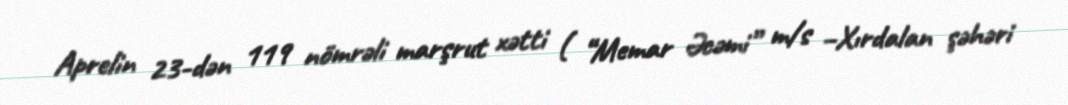
Aprelin 23-dən 119 nömrəli marşrut xətti ( “Memar Əcəmi” m/s –Xırdalan şəhəri